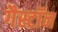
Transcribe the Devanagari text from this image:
गैस्टॉन